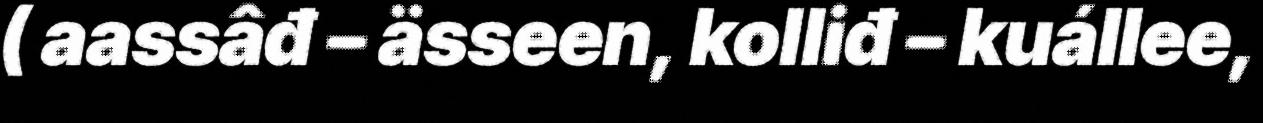
( aassâđ – ässeen, kolliđ – kuállee,